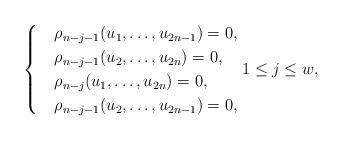
LaTeX: \begin{align*} \begin{cases} &\rho_{n-j-1}(u_1,\ldots,u_{2n-1})=0,\\ &\rho_{n-j-1}(u_2,\ldots,u_{2n})=0,\\ &\rho_{n-j}(u_1,\ldots,u_{2n})=0,\\ &\rho_{n-j-1}(u_2,\ldots,u_{2n-1})=0, \end{cases} 1\leq j\leq w, \end{align*}